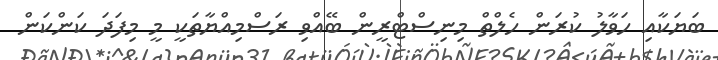
ބަޔަކާއި ހަވާލު ކުރަން ހެލްތް މިނިސްޓްރީން ބޭއްވި ރަސްމިއްޔާތަކީ މީ މިފަދަ ކަންކަން